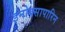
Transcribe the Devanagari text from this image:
इनोक्सापारिन